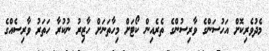
މެދުވެރިކޮށް އަހުސަންގެ ވާރިސުންގެ ތެރެއިން ކޯޓަށް މިހާތަނަށް ހާޒިރު ނުކުރާ ހަތަރު ވާރިސެއްގެ